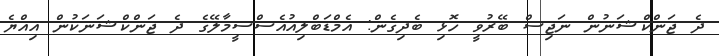
ދެ ޖަންކްޝަނުން ނަޖިސް ބޭރުވީ ހޮޅި ބެދިގެން: އެމްޑަބްލިއުއެސްސީމާލޭގެ ދެ ޖަންކްޝަނަކުން އިއްޔެ